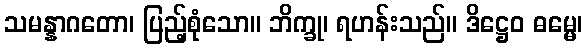
သမန္နာဂတော၊ ပြည့်စုံသော။ ဘိက္ခု၊ ရဟန်းသည်။ ဒိဋ္ဌေဝ ဓမ္မေ၊